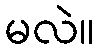
မလဲ။